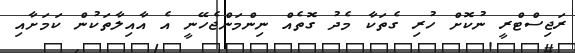
ރަޖިސްޓްރީ ނުކޮށް ހުރި ގެތަކާ މެދު ގޮތެއް ނިންމަންޖެހޭނީ އެ އާއިލާތަކުން ކަމަށާއި